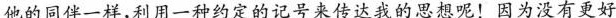
他的同伴一样，利用一种约定的记号来传达我的思想呢！因为没有更好